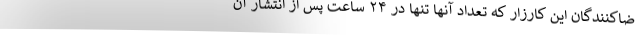
ضاکنندگان این کارزار که تعداد آنها تنها در ۲۴ ساعت پس از انتشار آن